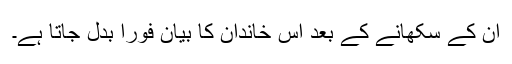
ان کے سکھانے کے بعد اس خاندان کا بیان فوراً بدل جاتا ہے۔